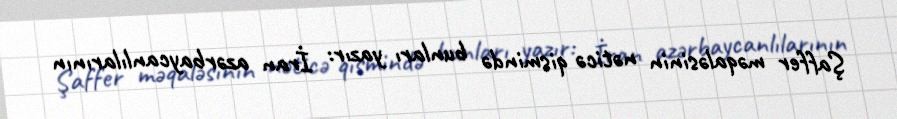
Şaffer məqaləsinin nəticə qismində bunları yazır: İran azərbaycanlılarının